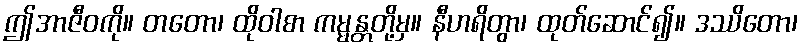
ဤအာဇီဝကို။ တတော၊ ထိုဝါစာ ကမ္မန္တတို့မှ။ နီဟရိတွာ၊ ထုတ်ဆောင်၍။ ဒဿိတော၊